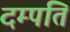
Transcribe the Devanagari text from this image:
दम्‍पति